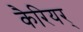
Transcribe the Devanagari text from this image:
कैरियर्